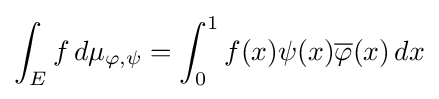
\int _{E}f\,d\mu _{\varphi ,\psi }=\int _{0}^{1}f(x)\psi (x){\overline {\varphi }}(x)\,dx